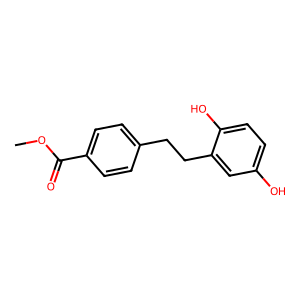
SMILES: COC(=O)c1ccc(CCc2cc(O)ccc2O)cc1
Inhibits HIV replication: No